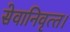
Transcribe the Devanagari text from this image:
सेवानिवृत्‍त।